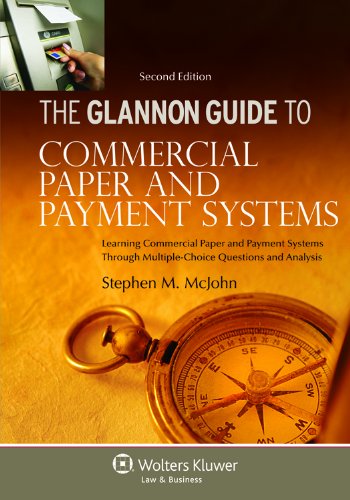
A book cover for Glannon Guide To Commercial Paper & Payment Systems:Learning Commercial Paper & Payment Systems Through Multiple-Choice Questions & Analysis, 2nd Ed. (Glannon Guides); Stephen M. McJohn; Law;